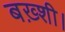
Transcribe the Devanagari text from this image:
बख़्शी।